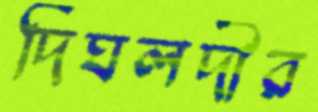
দিঘলদীর